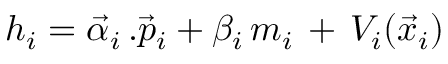
h _ { i } = \vec { \alpha } _ { i } \, . \vec { p } _ { i } + \beta _ { i } \, m _ { i } \, + \, V _ { i } ( \vec { x } _ { i } )